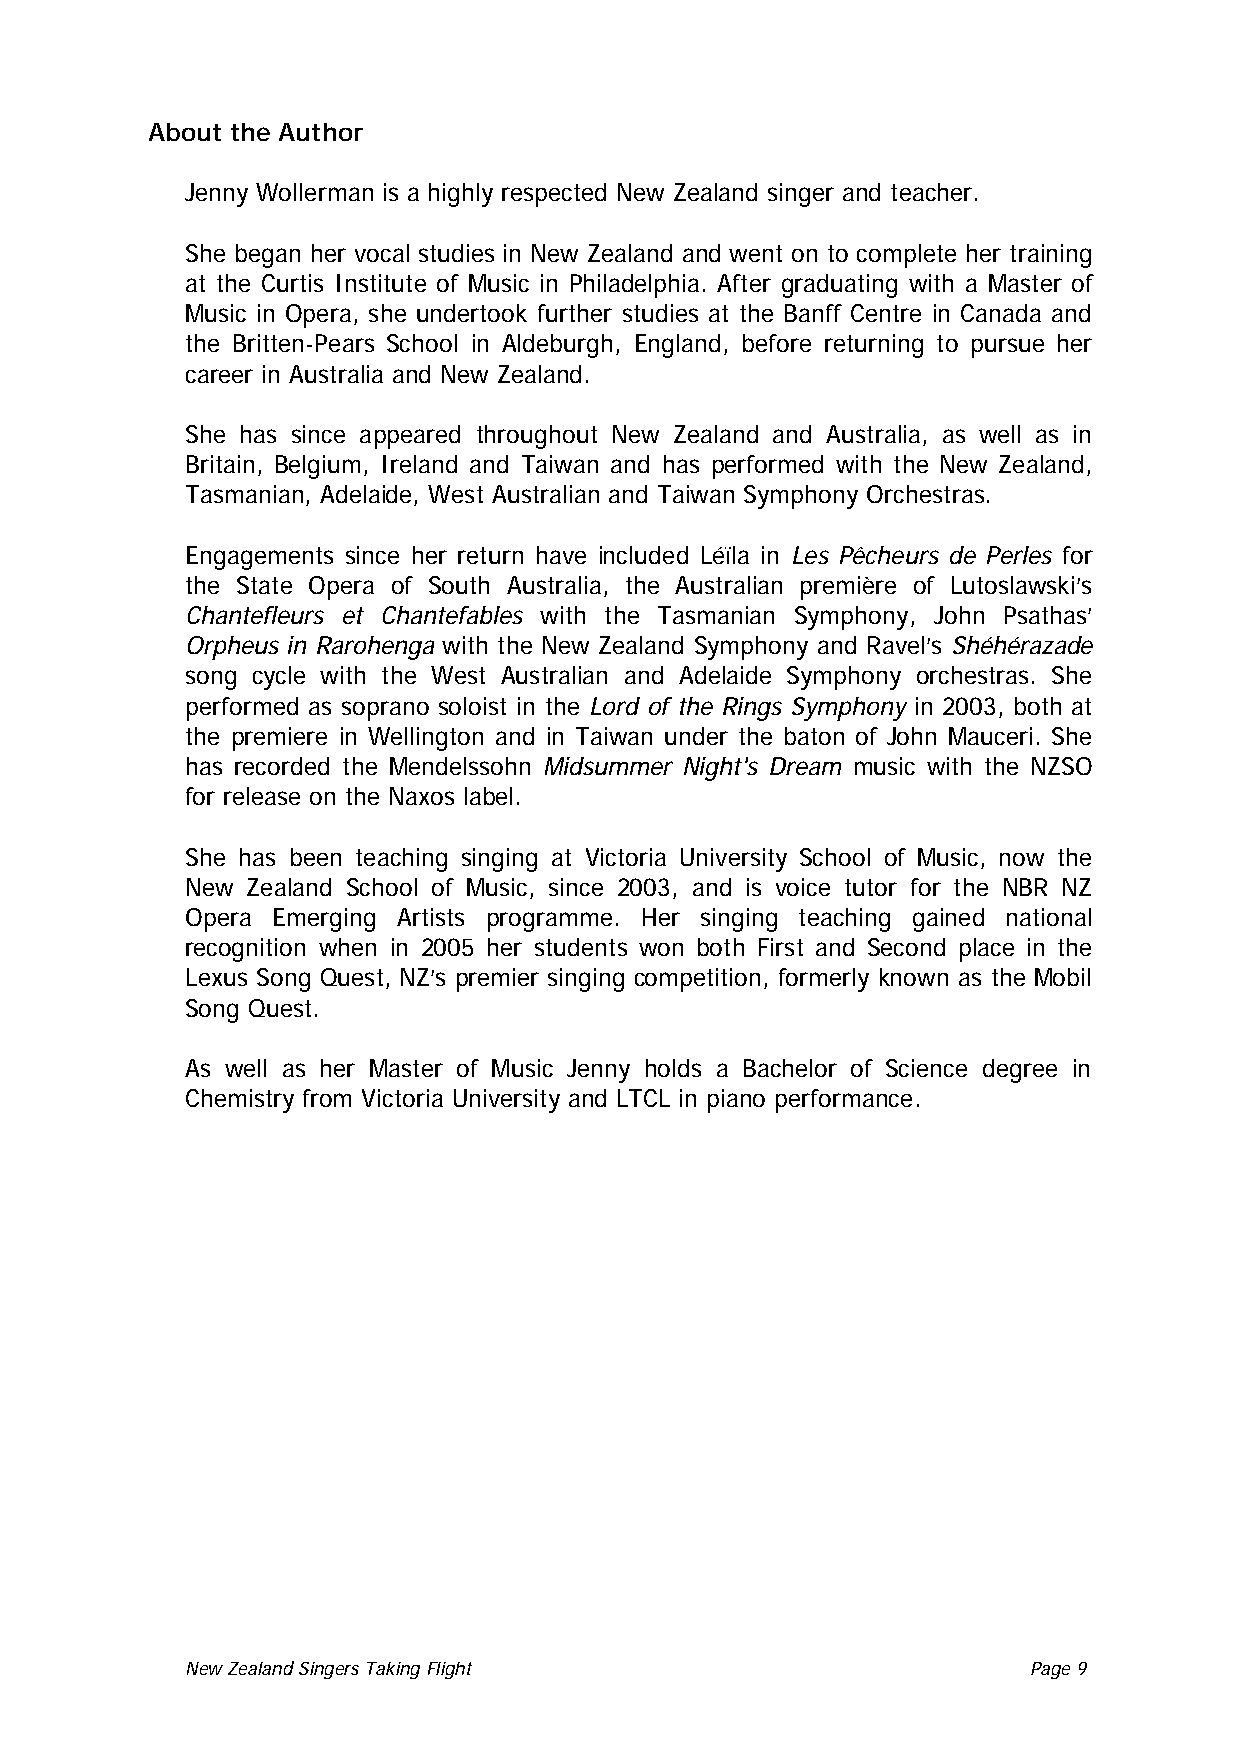
About the Author
 Jenny Wollerman is a highly respected New Zealand singer and teacher.
 She began her vocal studies in New Zealand and went on to complete her training
 at the Curtis Institute of Music in Philadelphia. After graduating with a Master of
 Music in Opera, she undertook further studies at the Banff Centre in Canada and
 the Britten-Pears School in Aldeburgh, England, before returning to pursue her
 career in Australia and New Zealand.
 She has since appeared throughout New Zealand and Australia, as well as in
 Britain, Belgium, Ireland and Taiwan and has performed with the New Zealand,
 Tasmanian, Adelaide, West Australian and Taiwan Symphony Orchestras.
 Engagements since her return have included Léïla in Les Pêcheurs de Perles for
 the State Opera of South Australia, the Australian première of Lutoslawski’s
 Chantefleurs et Chantefables with the Tasmanian Symphony, John Psathas’
 Orpheus in Rarohenga with the New Zealand Symphony and Ravel’s Shéhérazade
 song cycle with the West Australian and Adelaide Symphony orchestras. She
 performed as soprano soloist in the Lord of the Rings Symphony in 2003, both at
 the premiere in Wellington and in Taiwan under the baton of John Mauceri. She
 has recorded the Mendelssohn Midsummer Night's Dream music with the NZSO
 for release on the Naxos label.
 She has been teaching singing at Victoria University School of Music, now the
 New Zealand School of Music, since 2003, and is voice tutor for the NBR NZ
 Opera Emerging Artists programme. Her singing teaching gained national
 recognition when in 2005 her students won both First and Second place in the
 Lexus Song Quest, NZ’s premier singing competition, formerly known as the Mobil
 Song Quest.
 As well as her Master of Music Jenny holds a Bachelor of Science degree in
 Chemistry from Victoria University and LTCL in piano performance.
 New Zealand Singers Taking Flight Page 9